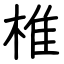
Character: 椎